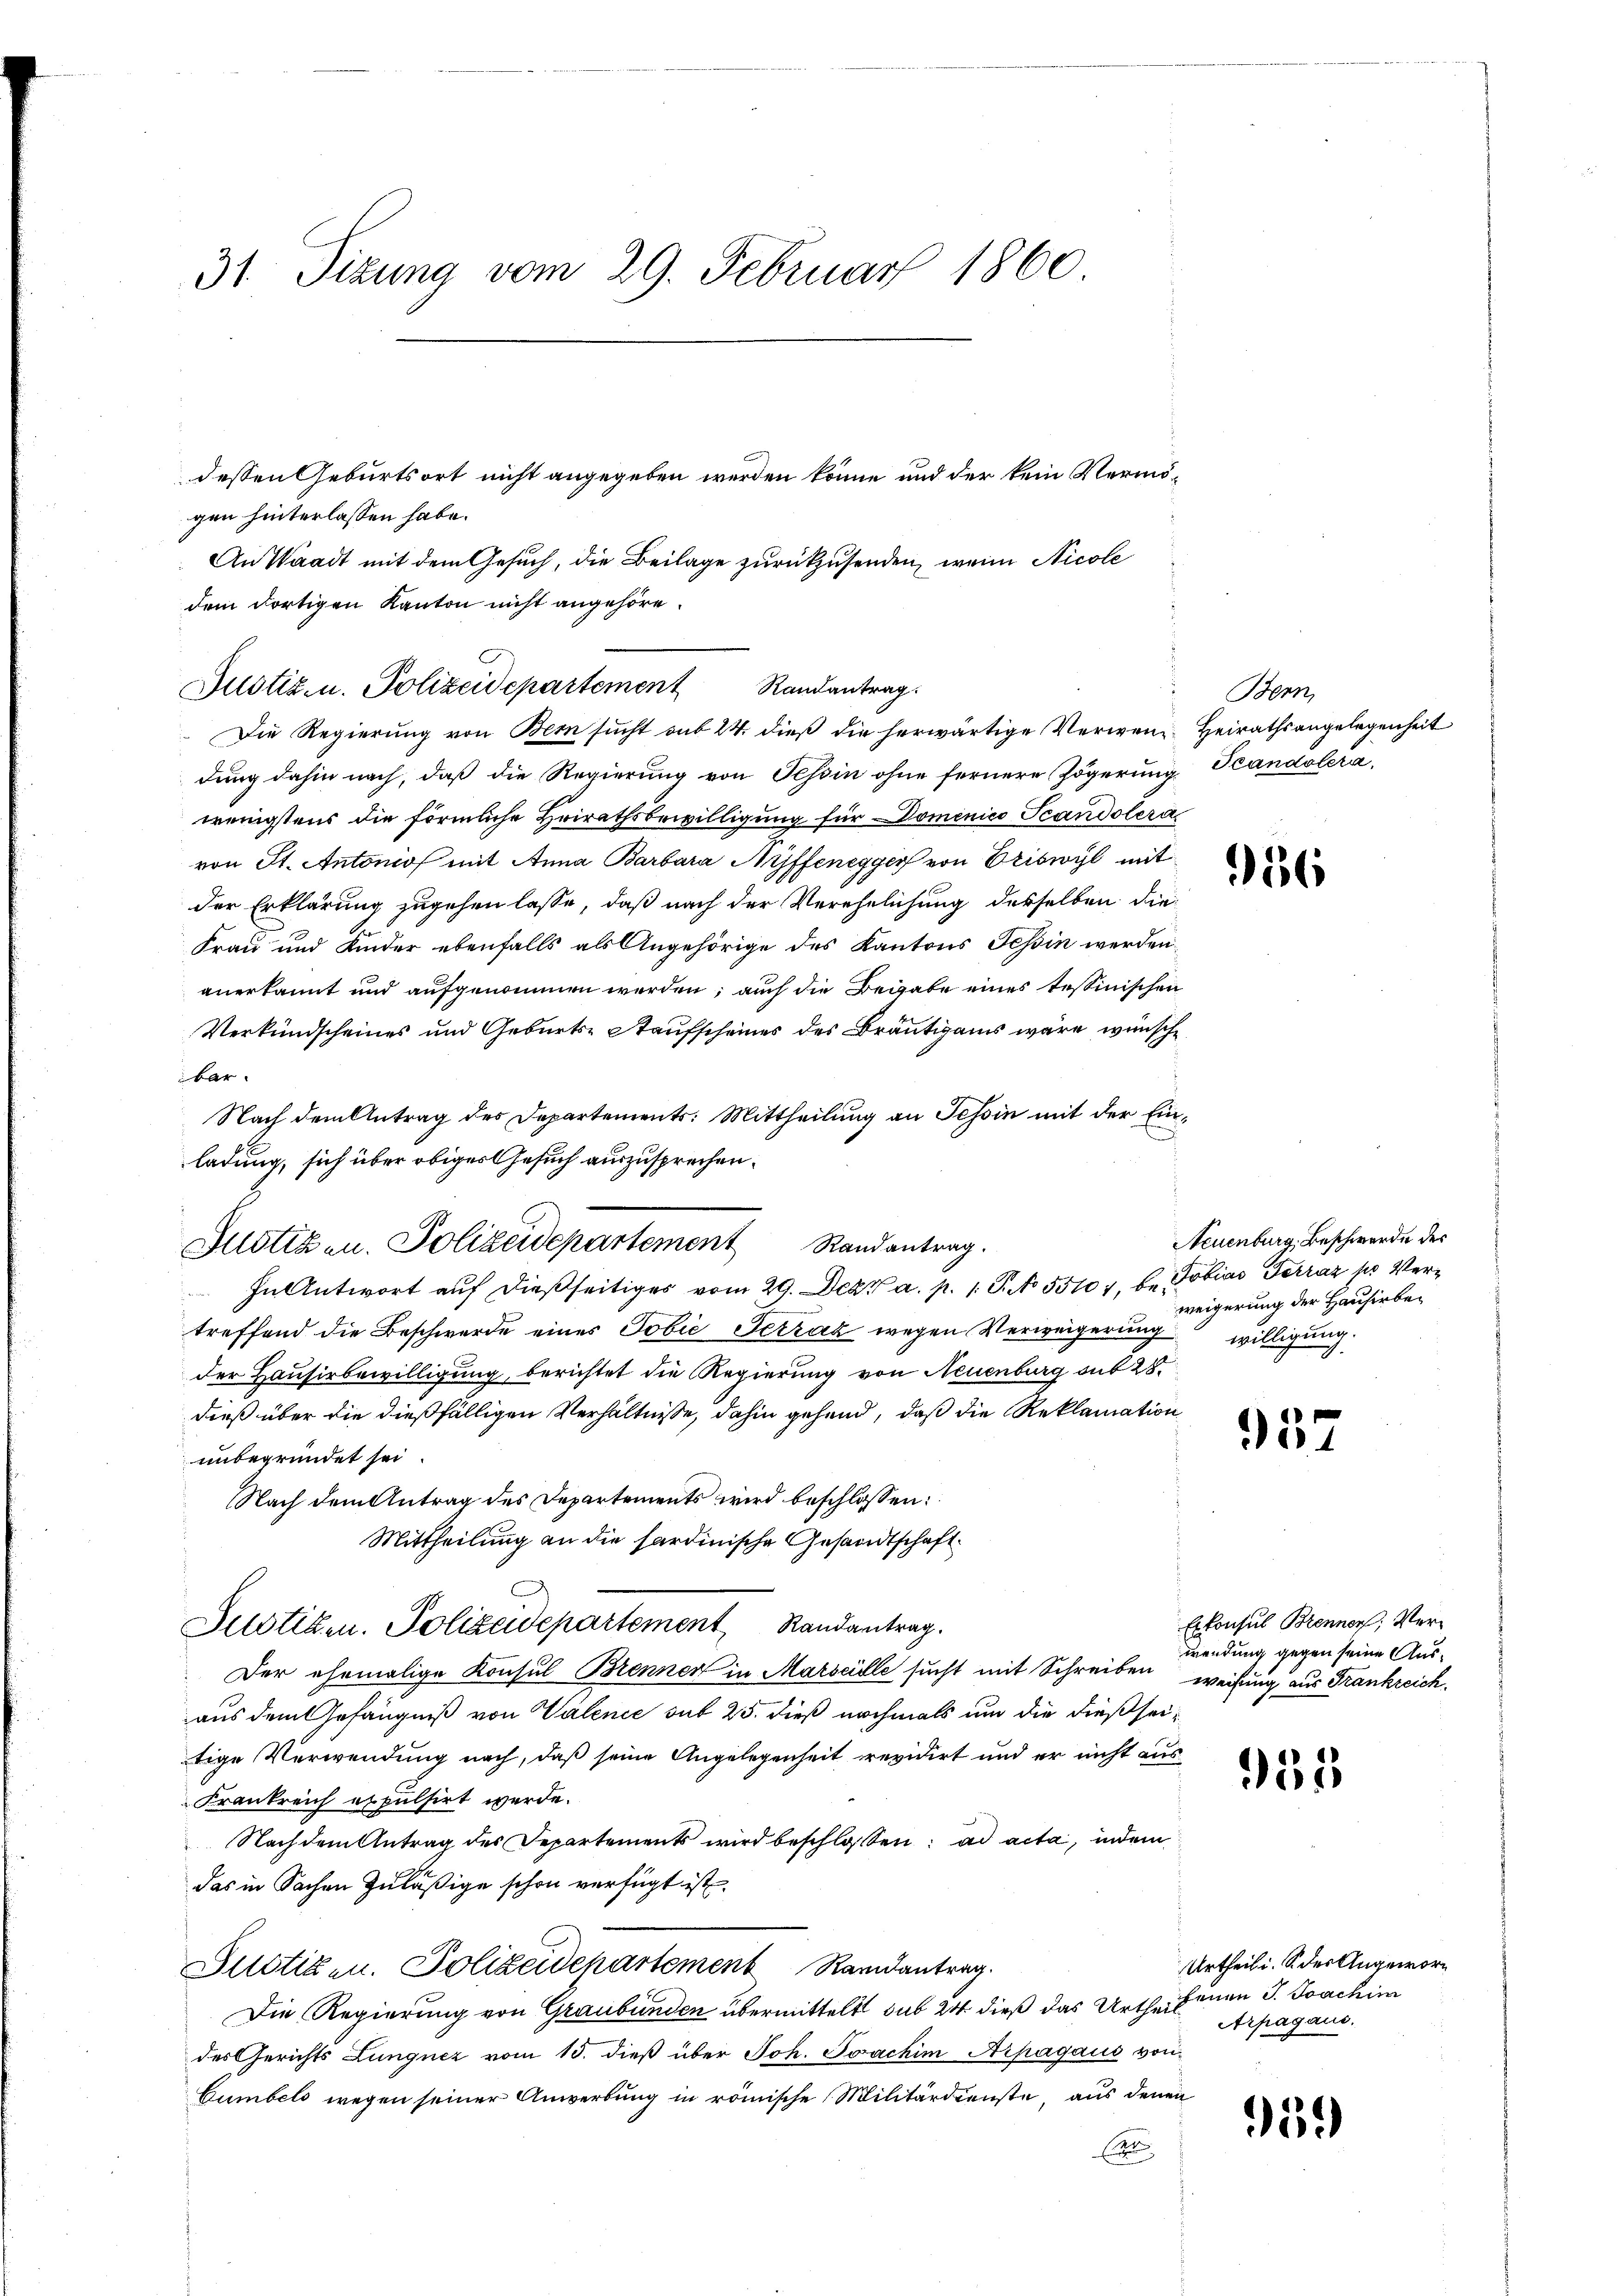
31 Sizung vom 29. Februar 1860
dessen Geburtsort nicht angegeben werden könne und der kein Vermögen hinterlassen habe.

An Waadt mit dem Gesuch, die Beilage zurückzusenden, wenn Nicole
Die Regierung von Bern sucht sub 24. dieß die herwärtige Verwen Heirathsangelegenheit
dung dahin nach, daß die Regierung von Tessin ohne fernere Zögerung Scandolerawenigstens die förmliche Heirathsbewilligung für Dominico Scandolera
von St. Antonios mit Anna Barbara Neffenegger von Triswyl mit
der Erklärung zugehen lasse, daß nach der Verehelichung derselben die¬
Frau und Kinder ebenfalls als Angehörige des Kantons Tessin werden.
anerkannt und aufgenommen werden; auch die Beigabe eines tessinischen
Verkundscheines und Geburts-Staufscheines des Bräutigams wäre wünsche
bar.
Nach dem Antrag des Departements: Mittheilung an Tessin mit der Einladung, sich über obiges Gesuch auszusprechen.
In Antwort auf dießseitiges vom 29. Dez. a. p. 1. P. No 55101, b. Tobias Terraz pr Vertreffend die Beschwerde eines Jobić, Terrak wegen Verweigerung willigung.
der Hausirbewilligung, berichtet die Regierung von Neuenburg aus 28.
dieß über die dießfälligen Verhältnisse, dahin gehend, daß die Reklamation
unbegründet sei.
Nach dem Antrag des Departements wird beschlossen:
Mittheilung an die sardinische Gesandtschaft
Justigen. Polizeidepartement Randantrag.
Der ehemalige Konsul Brenner in Marseille sucht mit Schreiben weisung aus Frankreich.
aus dem Gefängniß von Valence sub 25. dieß nochmals um die dießseitige Verwendung nach, daß seine Angelegenheit revidirt und er nicht aus¬
Frankreich expulsirt werde.
Nach dem Antrag des Departements wird beschlossen: ad acta, indem
das in Sachen zuläßige schon verfügt ist.
Justigen. Polizeidepartement Randantrag.
Die Regierung von Graubünden übermittelt sub 24 dieß das Urtheil einen J. Joachim
des Gerichts Lungnez vom 15. dieβ über Joh. Joachim Arpagaus von
Cumbels wegen seiner Anwerbung in römische Militärdienste, aus denen
(

dem dortigen Kanton nicht angehöre.
Justiz- u. Polizeidepartement Randantrag.

Justizen. Polizeidepartement Randantrag.

Bern,

56

Neuenburg, Beschwerde des
weigerung der Hauserbe¬

957

Erkonsul Brenner, Verwendung gegen seine Aus¬

951

Urtheil i. S. der Angewor¬
Arpagaus,

50